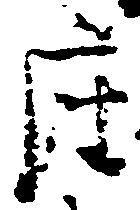
座